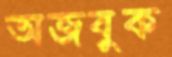
অজবুক